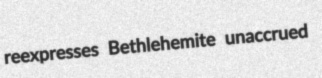
reexpresses Bethlehemite unaccrued